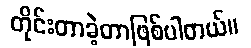
တိုင်းတာခဲ့တာဖြစ်ပါတယ်။